system: You are a helpful assistant.
user:
Analyze the provided spectrum to determine if it is a **M-type Giant (gM)**.

A M-type Giant spectrum is defined by its **strong molecular absorption** features, particularly from **Titanium Oxide (TiO)**. You must check for one of the following mutually exclusive signatures:

- **Key Visual Indicators (Absorption-Dominated Spectrum):**

    - **(Primary):** The spectrum is dominated by strong molecular absorption from **Titanium Oxide (TiO)**. This is the **defining feature** of its M-type temperature class.
        - **(Key Bandheads):** Look for sharp, "saw-tooth" absorption valleys. The strongest are located near **~7050 Å**, **~6160 Å**, and **~5170 Å**.
        - **(Line Profile):** The "saw-tooth" morphology is critical: a **sharp, steep drop on the BLUE (short-wavelength) side** of the bandhead, followed by a gradual recovery (rising flux) towards the RED (long-wavelength) side.

    - **(Key Confirmation - Giant vs. Dwarf):** **ABSENCE** of strong **Calcium Hydride (CaH)** molecular bands. This is the primary diagnostic for *excluding* M-dwarfs.
        - **(Key Region):** The spectrum should lack the strong, broad absorption band seen in dwarfs between **~6800 Å and ~7000 Å**.

    - **(Secondary Confirmation - Giant):** A very strong and broad **Neutral Calcium (Ca I)** atomic absorption line.
        - **(Key Line):** Located at **~4226 Å**. In a giant (gM), this line is significantly deeper and broader than the same line in an M-dwarf (dM) due to low surface gravity.

    - **(Overall Spectrum):**
        - The continuum is **extremely red-sloping** (i.e., flux is very low in the blue and rises dramatically towards the red).
        - The entire spectrum appears "chopped up" by the deep TiO bands.

Think first, call **spectral_visualization_tool** if needed to examine features in detail, then provide your final answer. Your response must adhere to the following strict rules:
1.  **Overall Structure:** Your response must follow the format `<think>...</think> <tool_call>...</tool_call> (if a tool is used) <answer>...</answer>`.
2.  **Tool Usage Constraint:** You may only make **one** tool call per turn.
3.  **Final Answer Format:** In the `<answer>` tag, your conclusion must be inside a `\boxed{}` command (e.g., `\boxed{YES}` or `\boxed{NO}`), followed by your justification.

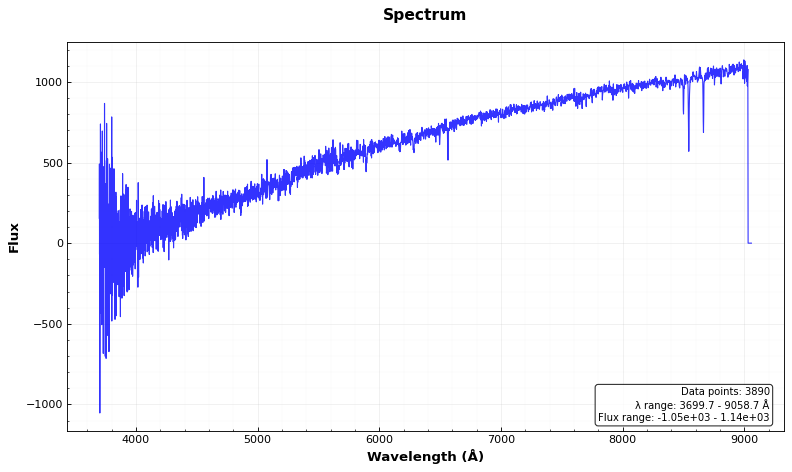
Answer: NO